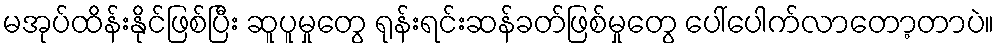
မအုပ်ထိန်းနိုင်ဖြစ်ပြီး ဆူပူမှုတွေ ရုန်းရင်းဆန်ခတ်ဖြစ်မှုတွေ ပေါ်ပေါက်လာတော့တာပဲ။